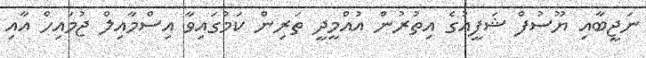
ނަޖީބާއި ޔޫސުފް ޝަފީއުގެ އިތުރުން އުއްމީދީ ތަރިން ކަމުގައިވާ އިސްމާއިލް ޖުމައިހް އާއި